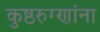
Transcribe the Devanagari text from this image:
कुष्ठरुग्णांना